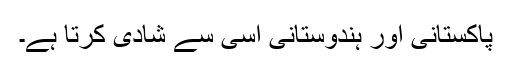
پاکستانی اور ہندوستانی اسی سے شادی کرتا ہے۔